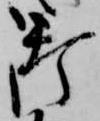
御